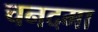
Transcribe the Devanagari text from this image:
चनदमा